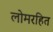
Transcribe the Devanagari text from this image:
लोमरहित